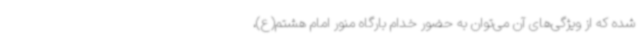
شده که از ویژگی‌های آن می‌توان به حضور خدام بارگاه منور امام هشتم(ع)،